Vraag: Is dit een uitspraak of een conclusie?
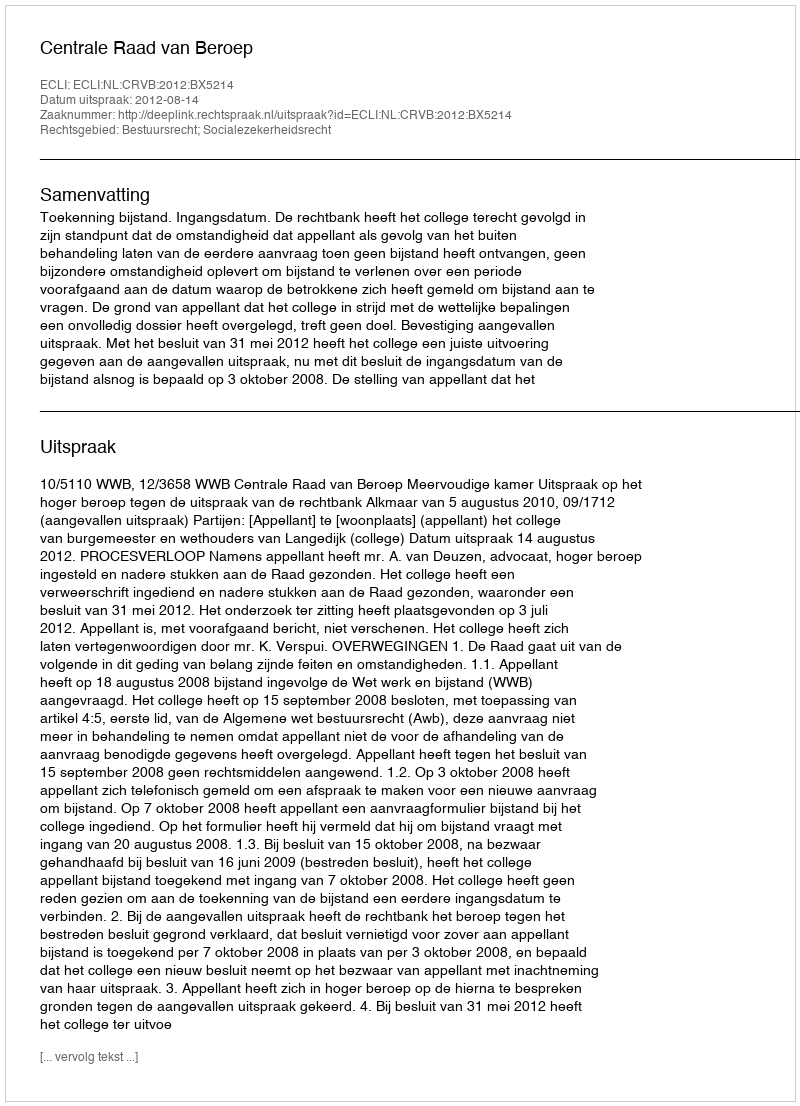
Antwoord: Uitspraak